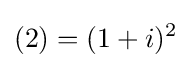
(2)=(1+i)^{2}